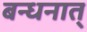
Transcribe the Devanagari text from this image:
बन्धनात्